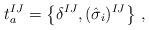
LaTeX: \begin{align*}t_a^{IJ} = \left\{\delta^{IJ}, (\hat \sigma_i)^{IJ}\right\}\,,\end{align*}